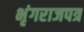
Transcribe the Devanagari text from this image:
भृंगराजपत्र